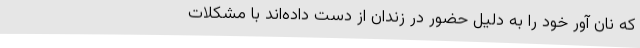
که نان‌ آور خود را به دلیل حضور در زندان از دست داده‌اند با مشکلات